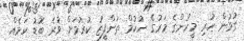
ގުޅުން ހުރި މީހުންގެ މަރުގެ ހުކުމް ތަންފީޒު ކުރުމަށް ވުރެ ބޮޑު ކަމެއް